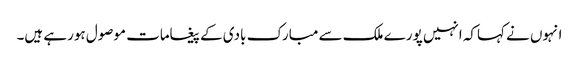
انہوں نے کہاکہ انہیں پورے ملک سے مبارک بادی کے پیغامات موصول ہورہے ہیں۔